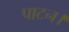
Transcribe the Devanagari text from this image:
पाटन।